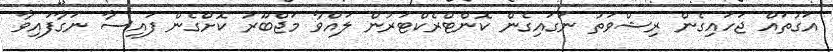
އަގުތައް ޖަހައިގެން ރިޝްވަތު ނަގައިގެން ކޮންޓްރެކްޓަރުން ލައްވާ މަޖްބޫރު ކޮށްގެން ފައިސާ ނަގާފައިވާ